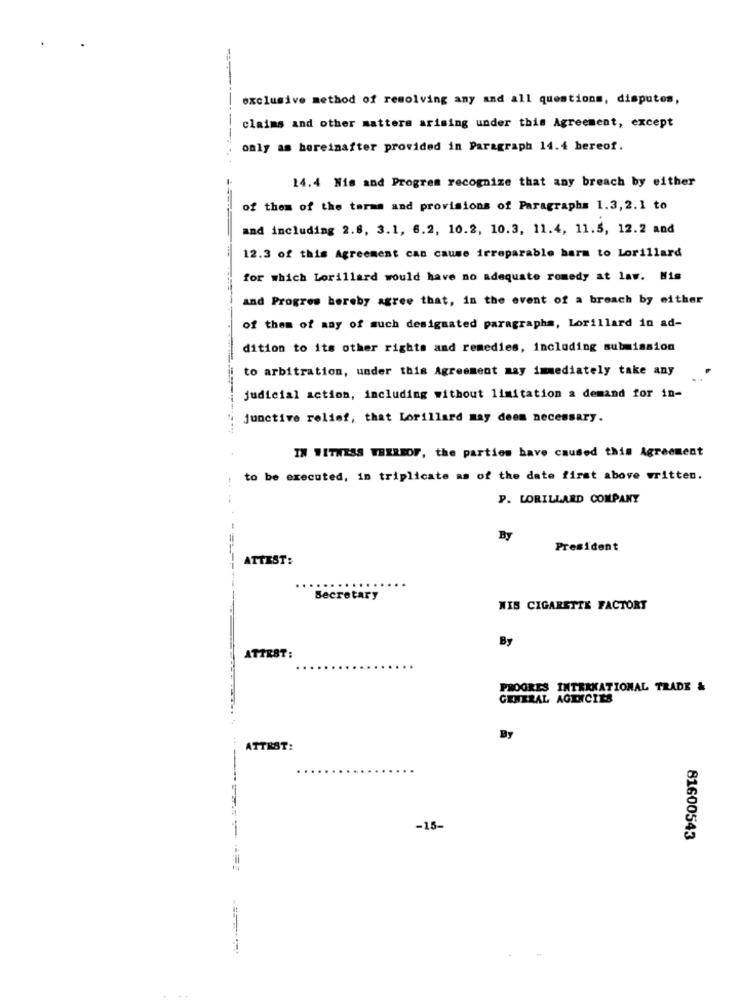
exclusive method of resolving any and all questions, disputes,
claims and other matters arising under this Agreement, except
only as hereinafter provided in Paragraph 14.4 bereof.
14.4 Nis and Progres recognize that any breach by either
of them of the terms and provisions of Paragraphs 1.3,2.1 to
and including 2.8, 3.1, 6.2, 10.2, 10.3, 11.4, 11.5, 12.2 and
12.3 of this Agreement can cause irreparable harm to Lorillard
for which Lorillard would have no adequate romedy at law. Nis
and Progres hereby agree that, in the event of a breach by either
of them of any of such designated paragraphs, Lorillard in ad-
dition to its other rights and remedies, including submission
to arbitration, under this Agreement may immediately take any
judicial action, including without limitation a demand for in-
junctive relief, that Lorillard may deem necessary.
IN WITNESS TERREOF, the parties have caused this Agreement
to be executed, in triplicate as of the date first above written.
P. LORILLARD COMPANY
By
President
ATTEST:
Secretary
WIS CIGARETTE FACTORT
By
ATTRST:
PROGRES INTERNATIONAL TRADE &
GENERAL AGENCIES
By
ATTEST:
-15-
81600543